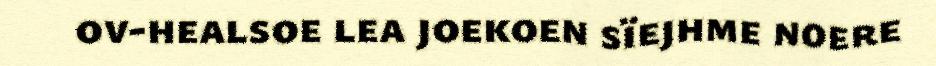
ov-healsoe lea joekoen sïejhme noere